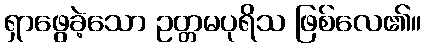
ရှာဖွေခဲ့သော ဥတ္တမပုရိသ ဖြစ်လေ၏။